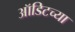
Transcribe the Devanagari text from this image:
ऑडिटच्या